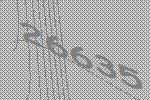
26635